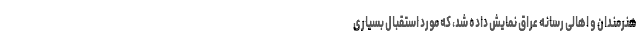
هنرمندان و اهالی رسانه عراق نمایش داده شد، که مورد استقبال بسیاری